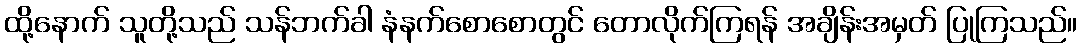
ထို့နောက် သူတို့သည် သန်ဘက်ခါ နံနက်စောစောတွင် တောလိုက်ကြရန် အချိန်းအမှတ် ပြုကြသည်။